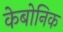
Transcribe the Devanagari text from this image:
केबोनिक